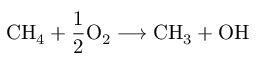
\mathrm { C H } _ { 4 } + \frac { 1 } { 2 } \mathrm { O } _ { 2 } \longrightarrow \mathrm { C H } _ { 3 } + \mathrm { O H }